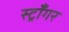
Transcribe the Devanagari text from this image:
स्ट्राँगर